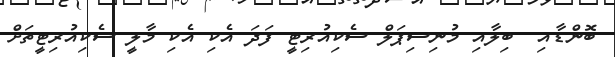
ބޮންޑާއި  ބިލާއި މުނިސިޕަލް ސެކިއުރިޓީ ފަދަ އެކި އެކި މާލީ ސެކިއުރިޓީތަށް